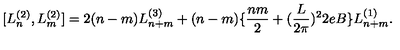
[ L _ { n } ^ { ( 2 ) } , L _ { m } ^ { ( 2 ) } ] = 2 ( n - m ) L _ { n + m } ^ { ( 3 ) } + ( n - m ) \{ \frac { n m } { 2 } + ( \frac { L } { 2 \pi } ) ^ { 2 } 2 e B \} L _ { n + m } ^ { ( 1 ) } .